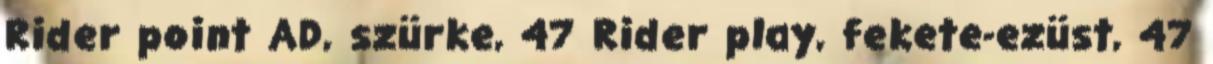
Rider point AD, szürke, 47 Rider play, fekete-ezüst, 47